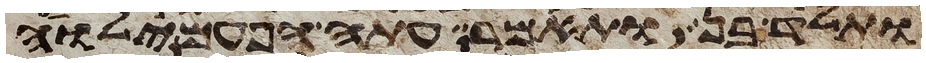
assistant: ותלד בן ותאמר עתה הפעם ילוה